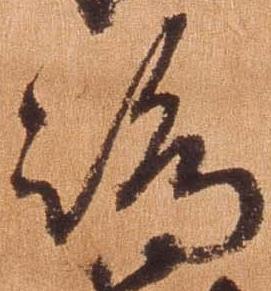
島